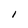
Character: I